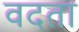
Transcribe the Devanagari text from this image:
वदता